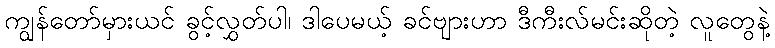
ကျွန်တော်မှားယင် ခွင့်လွှတ်ပါ၊ ဒါပေမယ့် ခင်ဗျားဟာ ဒီကီးလ်မင်းဆိုတဲ့ လူတွေနဲ့